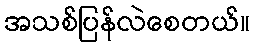
အသစ်ပြန်လဲစေတယ်။